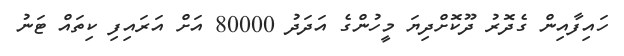
ހައިފާއިން ގެދޮރު ދޫކޮށްދިޔަ މީހުންގެ އަދަދު 80000 އަށް އަރައިފި ކިތައް ޓަނު